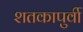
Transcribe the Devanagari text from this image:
शतकापुर्वी